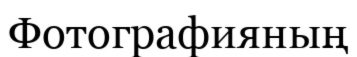
Фотографияның